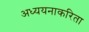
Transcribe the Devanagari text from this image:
अध्ययनाकरिता